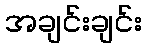
အချင်းချင်း